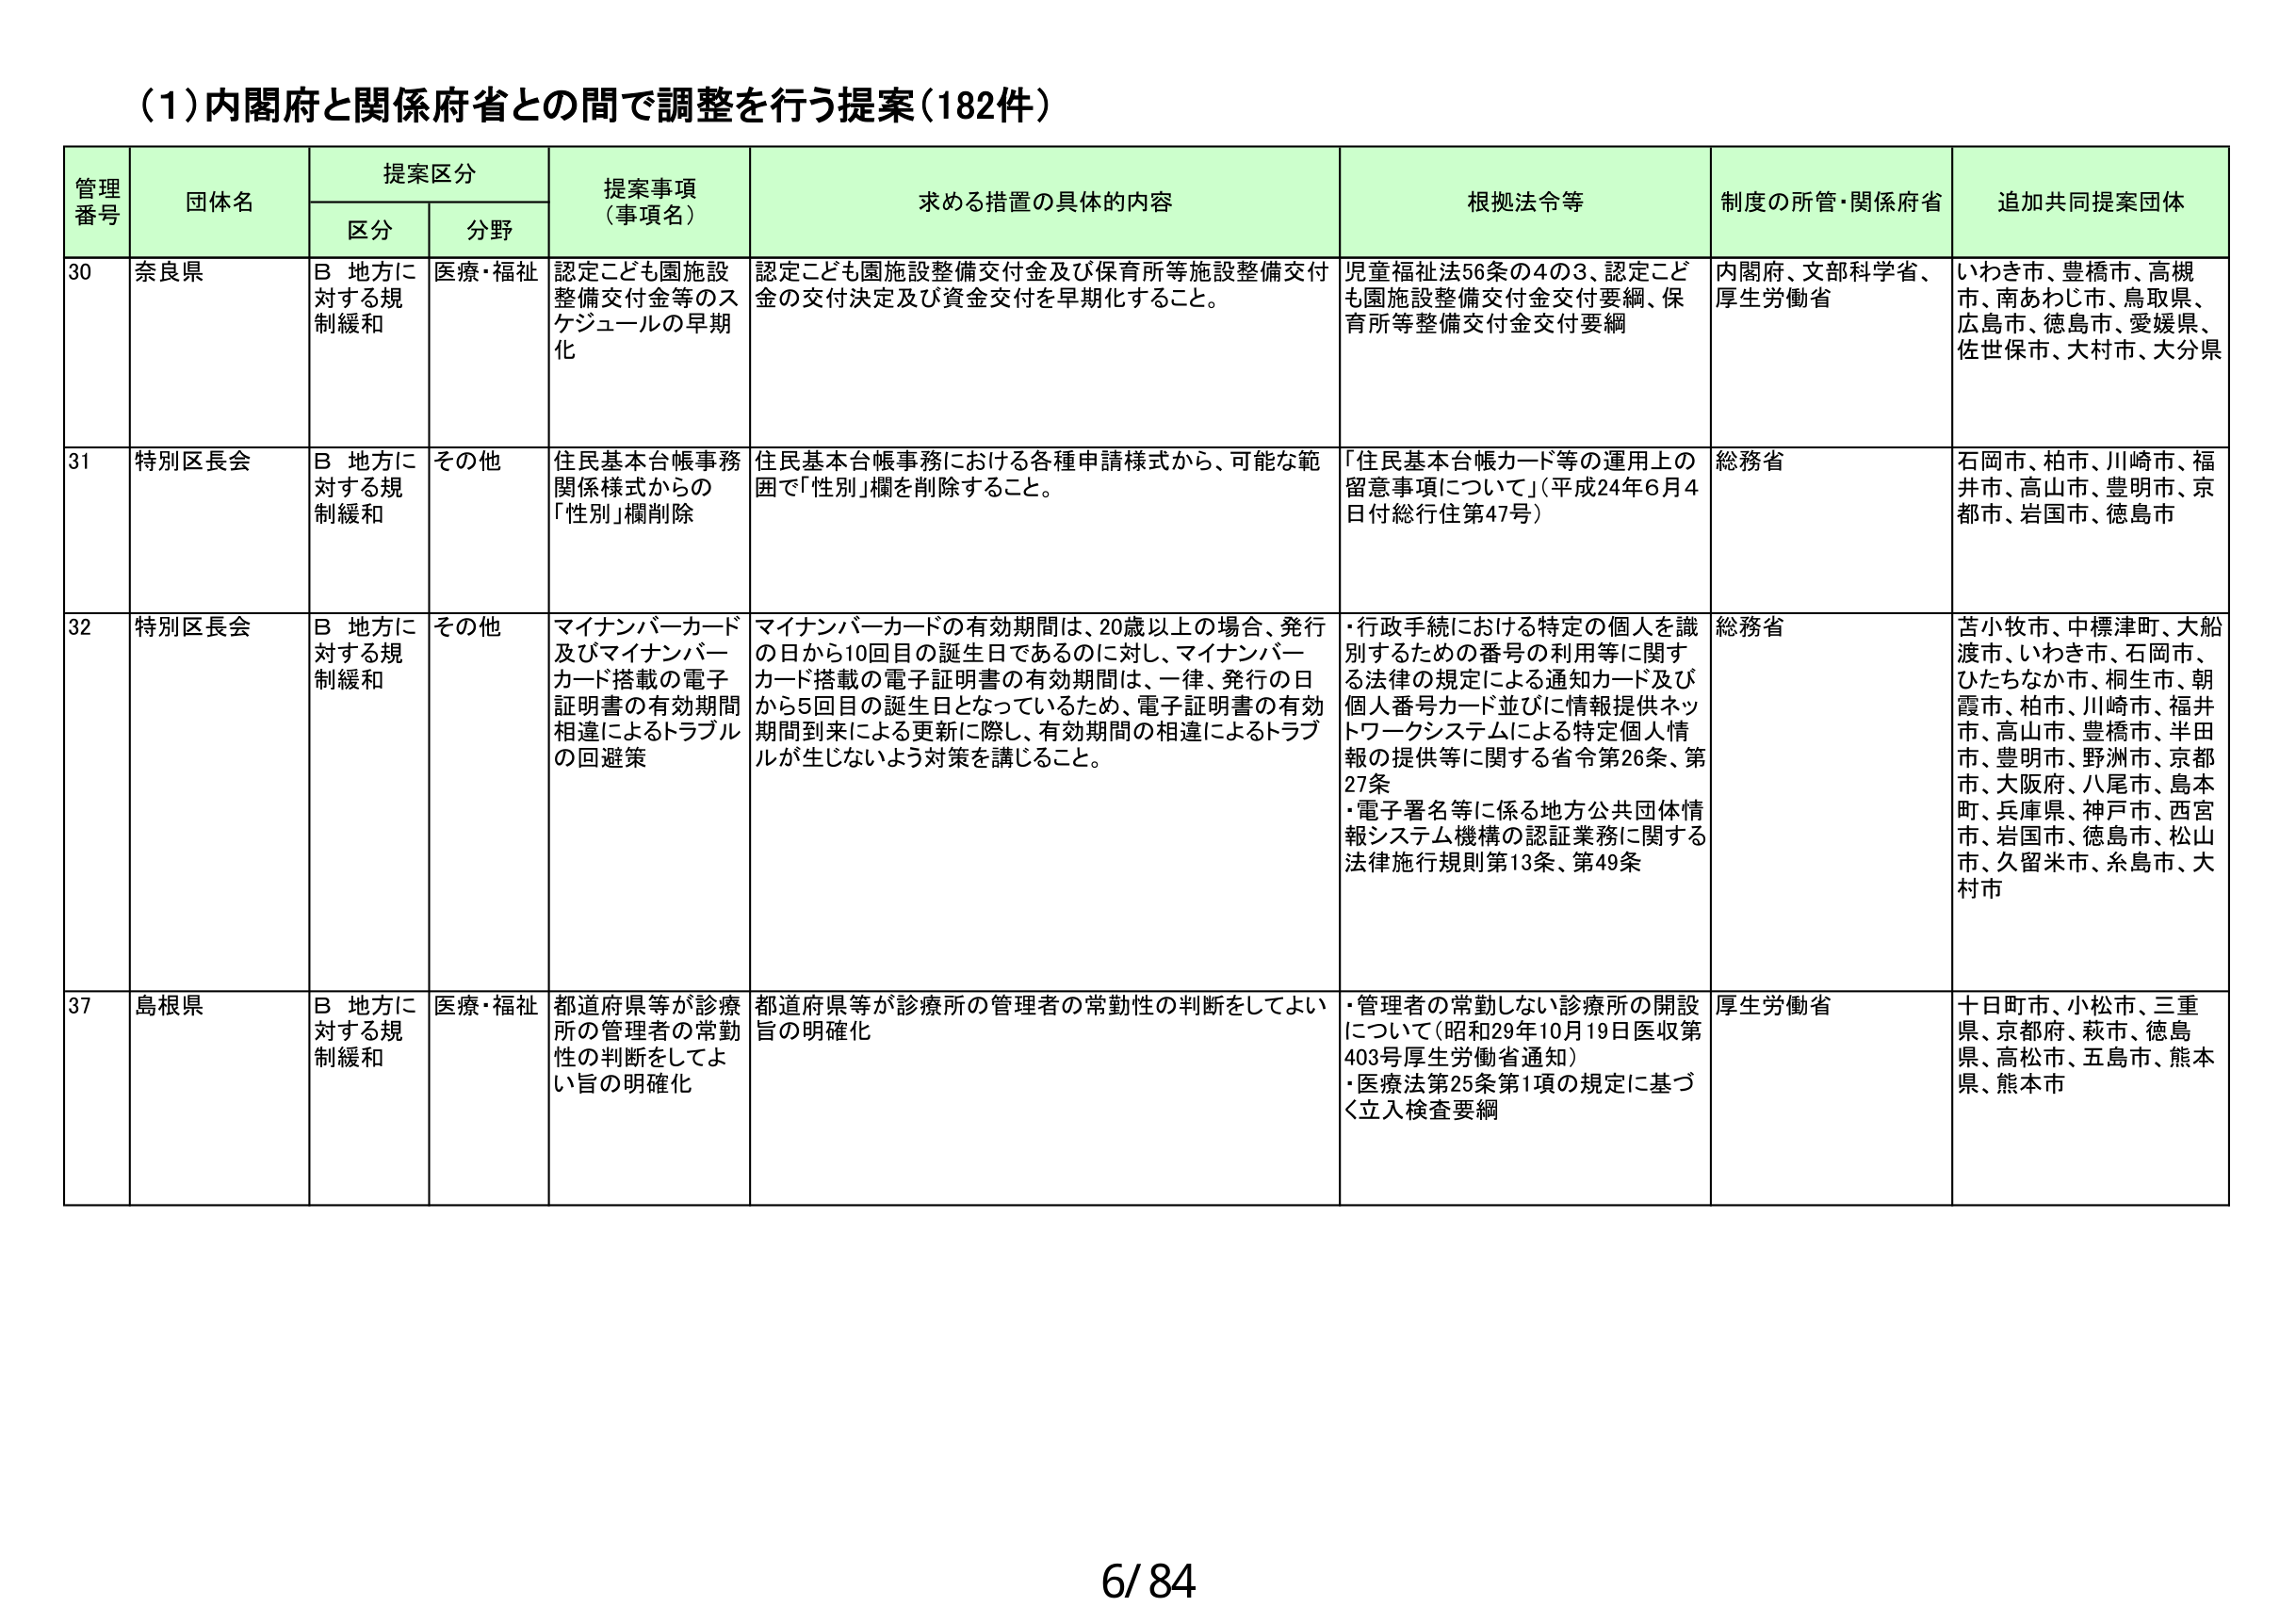
(1)内閣府と関係府省との間で調整を行う提案(182件)

管理番号	団体名	提案区分	提案事項(事項名)	求める措置の具体的内容	根拠法令等	制度の所管・関係府省	追加共同提案団体
		区分	分野
30	奈良県	B 地方に対する規制緩和	医療・福祉	認定こども園施設整備交付金等のスケジュールの早期化	認定こども園施設整備交付金及び保育所等施設整備交付金の交付決定及び資金交付を早期化すること。	児童福祉法56条の4の3、認定こども園施設整備交付金交付要綱、保育所等整備交付金交付要綱	内閣府、文部科学省、厚生労働省	いわき市、豊橋市、高槻市、南あわじ市、鳥取県、広島市、徳島市、愛媛県、佐世保市、大村市、大分県
31	特別区長会	B 地方に対する規制緩和	その他	住民基本台帳事務関係様式からの「性別」欄削除	住民基本台帳事務における各種申請様式から、可能な範囲で「性別」欄を削除すること。	「住民基本台帳カード等の運用上の留意事項について」(平成24年6月4日付総行住第47号)	総務省	石岡市、柏市、川崎市、福井市、高山市、豊明市、京都市、岩国市、徳島市
32	特別区長会	B 地方に対する規制緩和	その他	マイナンバーカード及びマイナンバーカード搭載の電子証明書の有効期間相違によるトラブルの回避策	マイナンバーカードの有効期間は、20歳以上の場合、発行の日から10回目の誕生日であるのに対し、マイナンバーカード搭載の電子証明書の有効期間は、一律、発行の日から5回目の誕生日となっているため、電子証明書の有効期間到来による更新に際し、有効期間の相違によるトラブルが生じないよう対策を講じること。	・行政手続における特定の個人を識別するための番号の利用等に関する法律の規定による通知カード及び個人番号カード並びに情報提供ネットワークシステムによる特定個人情報の提供等に関する省令第26条、第27条
・電子署名等に係る地方公共団体情報システム機構の認証業務に関する法律施行規則第13条、第49条	総務省	苫小牧市、中標津町、大船渡市、いわき市、石岡市、ひたちなか市、桐生市、朝霞市、柏市、川崎市、福井市、高山市、豊橋市、半田市、豊明市、野洲市、京都市、大阪府、八尾市、島本町、兵庫県、神戸市、西宮市、岩国市、徳島市、松山市、久留米市、糸島市、大村市
37	島根県	B 地方に対する規制緩和	医療・福祉	都道府県等が診療所の管理者の常勤性の判断をしてよい旨の明確化	都道府県等が診療所の管理者の常勤性の判断をしてよい旨の明確化	・管理者の常勤しない診療所の開設について(昭和29年10月19日医収第403号厚生労働省通知)
・医療法第25条第1項の規定に基づく立入検査要綱	厚生労働省	十日町市、小松市、三重県、京都府、萩市、徳島県、高松市、五島市、熊本県、熊本市

6/84